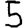
Digit: 5